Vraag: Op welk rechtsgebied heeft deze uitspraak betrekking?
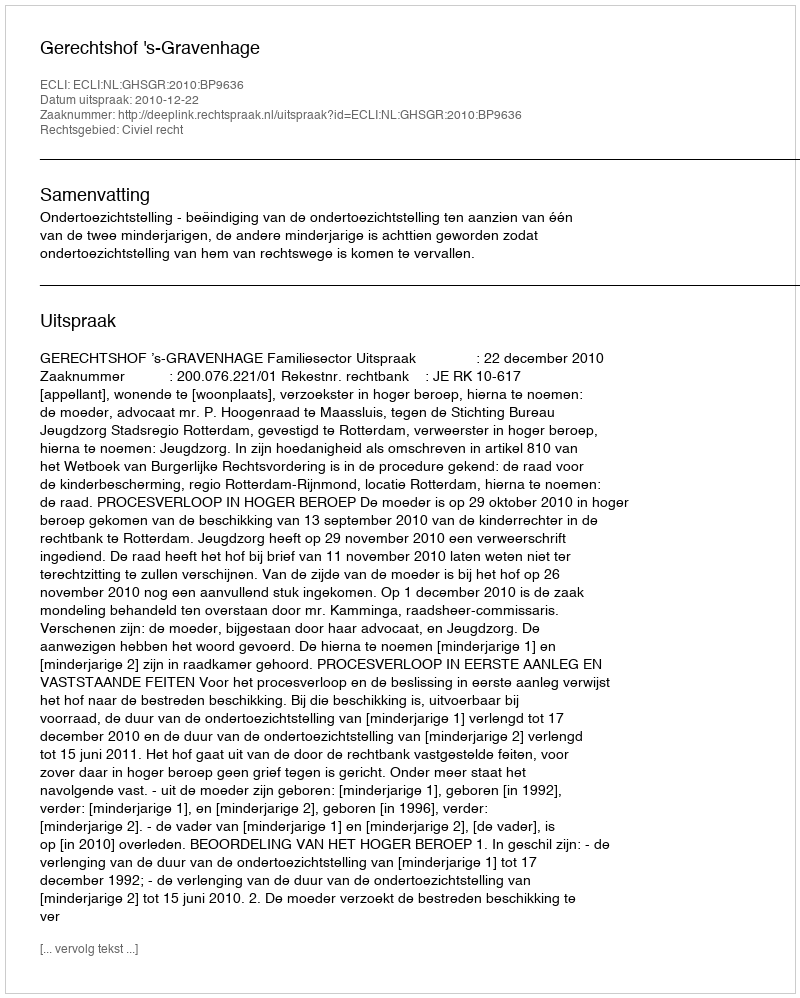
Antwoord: Civiel recht